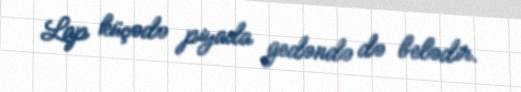
Lap küçədə piyada gedəndə də belədir.